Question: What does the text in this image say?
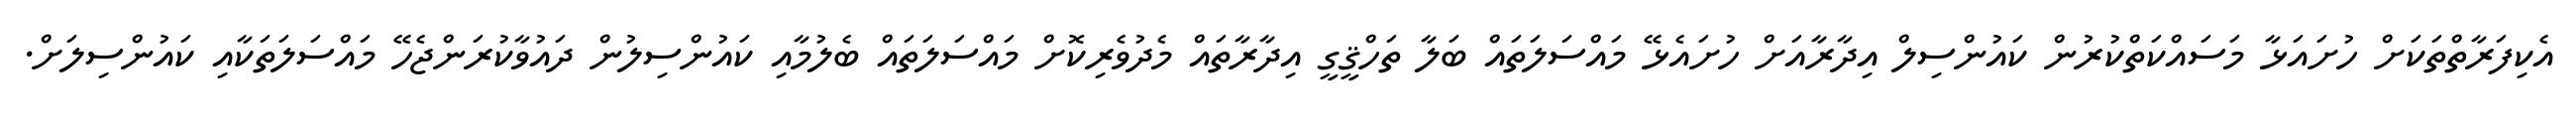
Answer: އެކިފަރާތްތަކަށް ހުށައަޅާ މަސައްކަތްކުރުން ކައުންސިލް އިދާރާއަށް ހުށައެޅޭ މައްސަލަތައް ބަލާ ތަހްޤީގީ އިދާރާތައް މެދުވެރިކޮށް މައްސަލަތައް ބެލުމާއި ކައުންސިލުން ދައުވާކުރަންޖެހޭ މައްސަލަތަކާއި ކައުންސިލަށް.